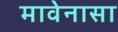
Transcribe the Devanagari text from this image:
मावेनासा